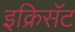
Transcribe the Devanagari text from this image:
इक्रिसॅट